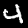
Digit: 4